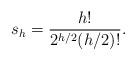
LaTeX: \begin{align*} s_h = \frac{h!}{2^{h/2}(h/2)!}.\end{align*}